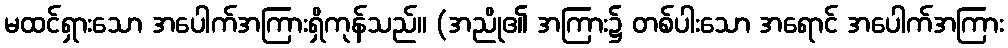
မထင်ရှားသော အပေါက်အကြားရှိကုန်သည်။ (အညို၏ အကြား၌ တစ်ပါးသော အရောင် အပေါက်အကြား